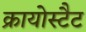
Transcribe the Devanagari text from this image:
क्रायोस्टैट